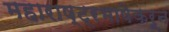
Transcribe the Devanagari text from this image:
महाराष्ट्रभाषेकरून